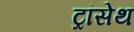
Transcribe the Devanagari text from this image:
ट्रांसेथ